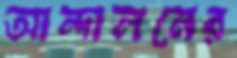
আন্দালনের